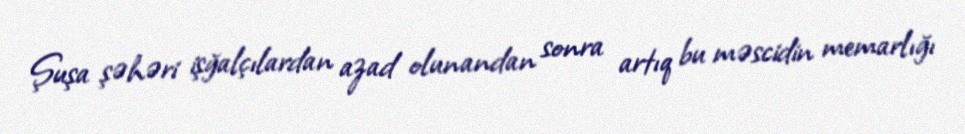
Şuşa şəhəri işğalçılardan azad olunandan sonra artıq bu məscidin memarlığı